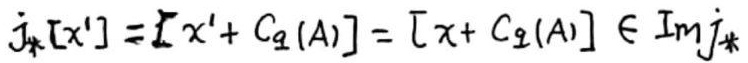
$j_*[x'] = [x'+C_2(A)] = [x + C_2(A)] \in \text{Im}j_*$